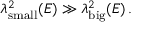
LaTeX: \lambda _ { \mathrm { \scriptsize { s m a l l } } } ^ { 2 } ( E ) \gg \lambda _ { \mathrm { \scriptsize { b i g } } } ^ { 2 } ( E ) \, .